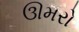
ઊમરો